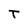
Character: T